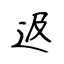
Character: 﨤